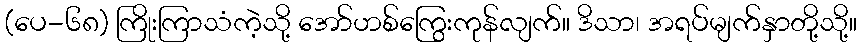
(ပေ-၆၈) ကြိုးကြာသံကဲ့သို့ အော်ဟစ်ကြွေးကုန်လျက်။ ဒိသာ၊ အရပ်မျက်နှာတို့သို့။